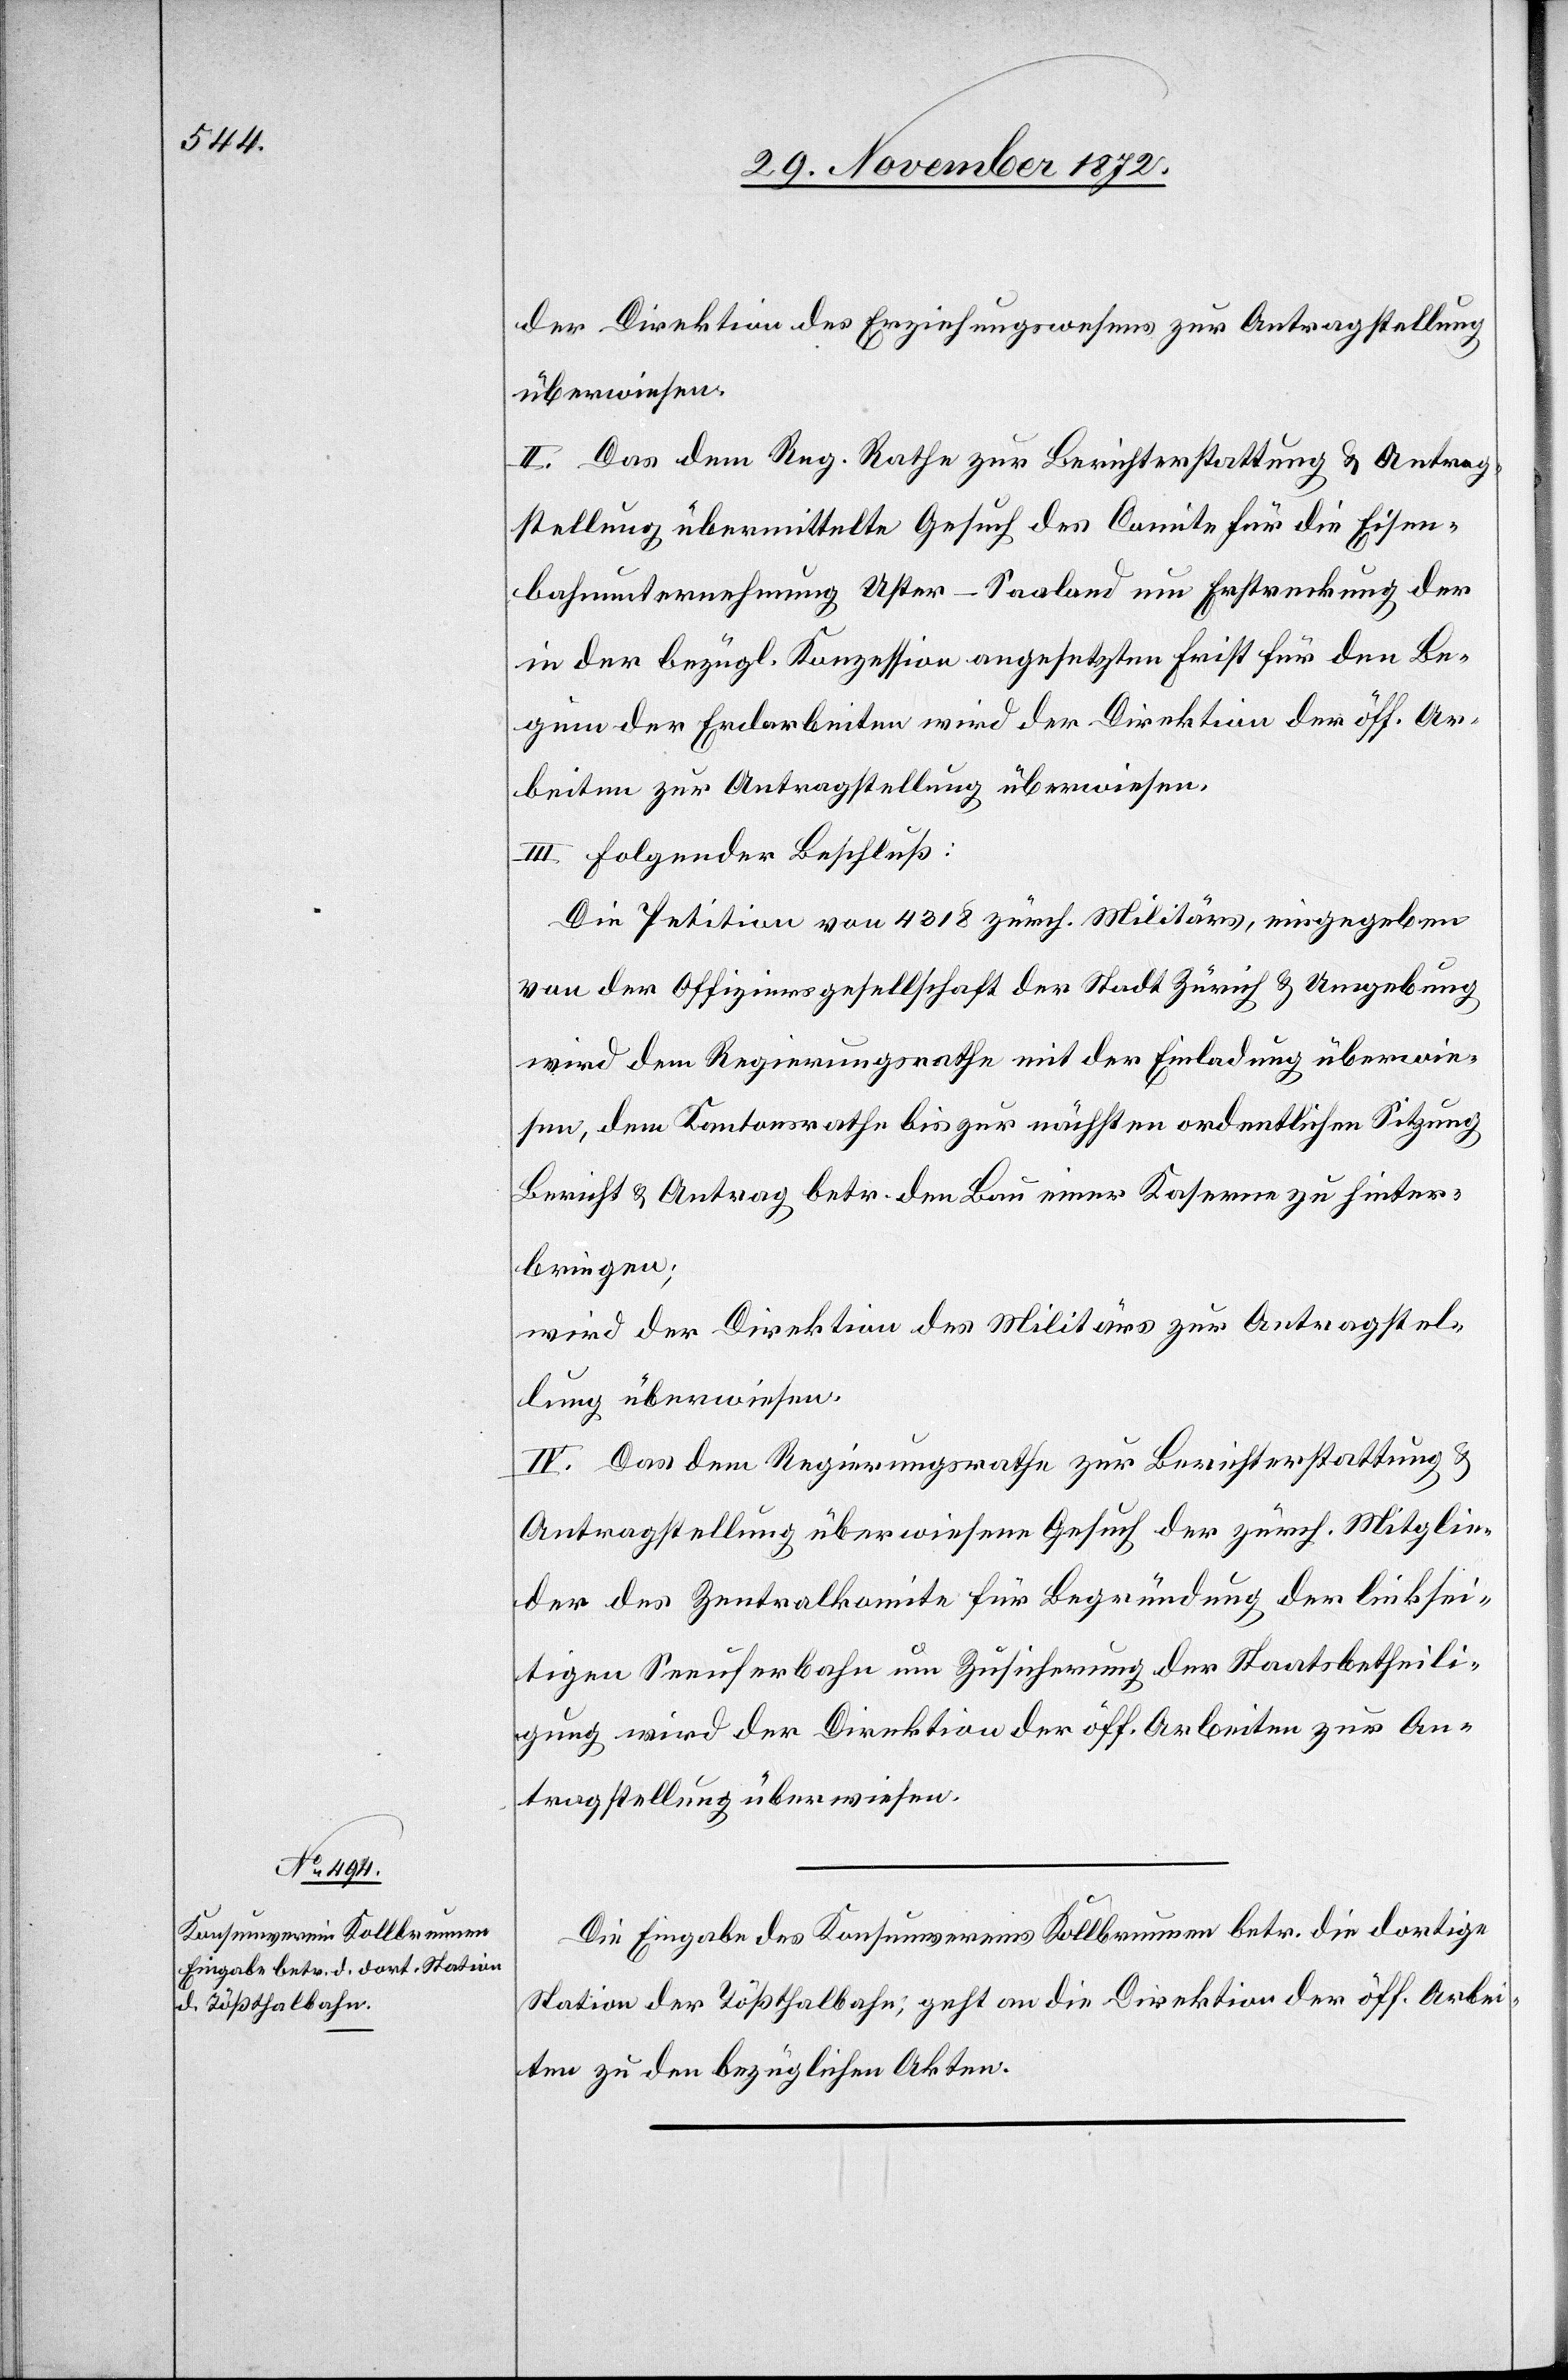
29. November 1872]
der Direktion des Erziehungswesens zur Antragstellung
überwiesen.
II. Das dem Reg. Rathe zur Berichterstattung u. Antrag¬
stellung übermittelte Gesuch des Comite für die Eisen¬
bahnunternehmung Uster–Saaland um Erstreckung der
in der bezügl. Konzession angesetzten Frist für den Be¬
ginn der Erdarbeiten wird der Direktion der öff. Ar¬
beiten zur Antragstellung überwiesen.
III. Folgender Beschluß:
Die Petition von 4 318 zürch. Militärs, eingegeben
von der Offiziersgesellschaft der Stadt Zürich u. Umgebung
wird dem Regierungsrathe mit der Einladung überwie¬
sen, dem Kantonsrathe bis zur nächsten ordentlichen Sitzung
Bericht u. Antrag betr. den Bau einer Kaserne zu hinter¬
bringen;
wird der Direktion des Militärs zur Antragstel¬
lung überwiesen.
IV. Das dem Regierungsrathe zur Berichterstattung u.
Antragstellung überwiesene Gesuch der zürch. Mitglie¬
der des Zentralkomite für Begründung der linksei¬
tigen Seeuferbahn um Zusicherung der Staatsbetheili¬
gung wird der Direktion der öff. Arbeiten zur An¬
tragstellung überwiesen.
Die Eingabe des Konsumvereins Kollbrunnen betr. die dortige
Station der Tößthalbahn, geht an die Direktion der öff. Arbei¬
ten zu den bezüglichen Akten.